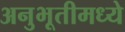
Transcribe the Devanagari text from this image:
अनुभूतीमध्ये